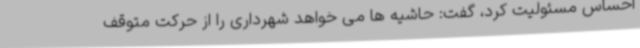
احساس مسئولیت کرد، گفت: حاشیه ها می خواهد شهرداری را از حرکت متوقف